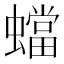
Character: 蟷